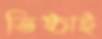
তিষ্ঠাই